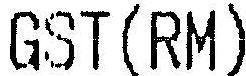
GST(RM)